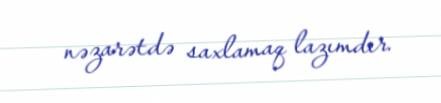
nəzarətdə saxlamaq lazımdır.